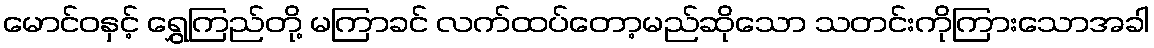
မောင်ဝနှင့် ရွှေကြည်တို့ မကြာခင် လက်ထပ်တော့မည်ဆိုသော သတင်းကိုကြားသောအခါ